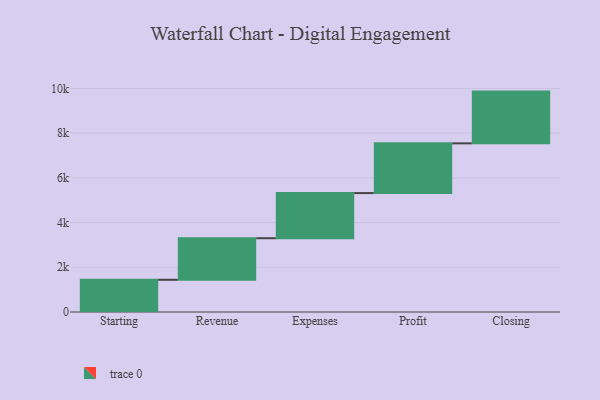
{"axis": {"x": "Step", "y": "Value"}, "legend": [""], "data": [{"x": "Starting", "y": 1441.0, "type": ""}, {"x": "Revenue", "y": 1859.0, "type": ""}, {"x": "Expenses", "y": 2019.0, "type": ""}, {"x": "Profit", "y": 2224.0, "type": ""}, {"x": "Closing", "y": 2315.0, "type": ""}]}